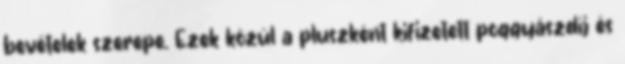
bevételek szerepe. Ezek közül a pluszként kifizetett poggyászdíj és